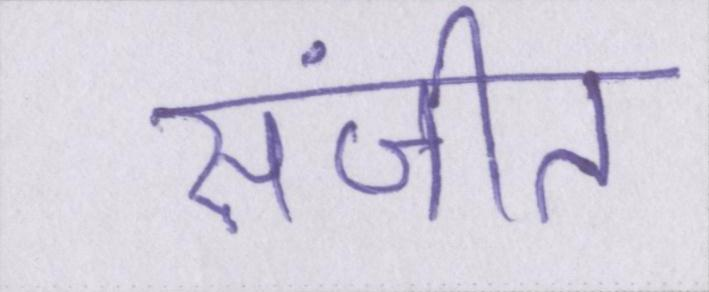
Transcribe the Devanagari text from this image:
संजीत